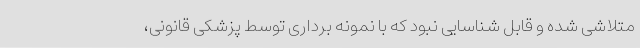
متلاشی شده و قابل شناسایی نبود که با نمونه برداری توسط پزشکی قانونی،